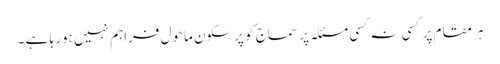
ہر مقام پر کسی نہ کسی مسئلہ پر سماج کو پرسکون ماحول فراہم نہیں ہو رہا ہے ۔